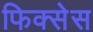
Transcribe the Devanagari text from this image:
फिक्सेस